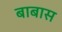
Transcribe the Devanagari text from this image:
बाबास